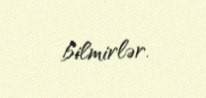
bilmirlər.